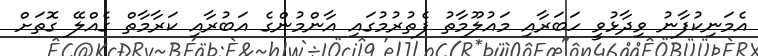
އެމަނިކުފާނު ވިދާޅުވީ ހަބަރާއި މައުލޫމާތު ފެތުރުމުގައި އާންމުންގެ އަބުރާއި ކަރާމާތް ގެއްލޭ ގޮތަށް